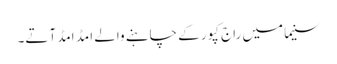
سنیما میں راج کپور کے چاہنے والے امڈ امڈ آتے۔